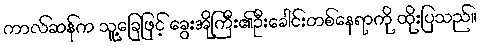
ကာလ်ဆန်က သူ့ခြေဖြင့် ခွေးအိုကြီး၏ဦးခေါင်းတစ်နေရာကို ထိုးပြသည်။